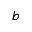
b